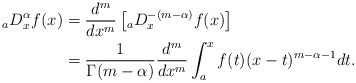
\begin{align*}{_aD_x^{\alpha}} f(x) &= \frac{d^m}{d x^m} \left[{_aD_x^{-(m-\alpha)}} f(x) \right]\\&=\frac{1}{\Gamma(m - \alpha)} \frac{d^m}{d x^m} \int_a^x f(t) (x - t)^{m-\alpha-1} dt.\end{align*}